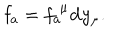
\mathbf { f } _ { a } = f _ { a } ^ { \; \mu } \mathbf { d } y _ { \mu } .